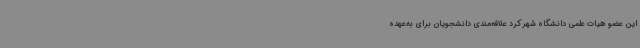
این عضو هیات علمی دانشگاه شهرکرد علاقه‌مندی دانشجویان برای به‌عهده